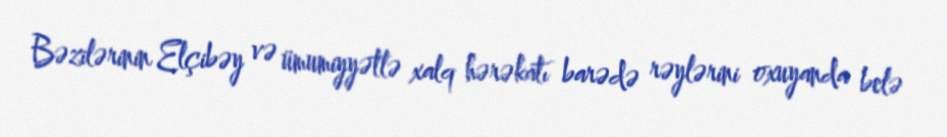
Bəzilərinin Elçibəy və ümumiyyətlə xalq hərəkatı barədə rəylərini oxuyanda belə